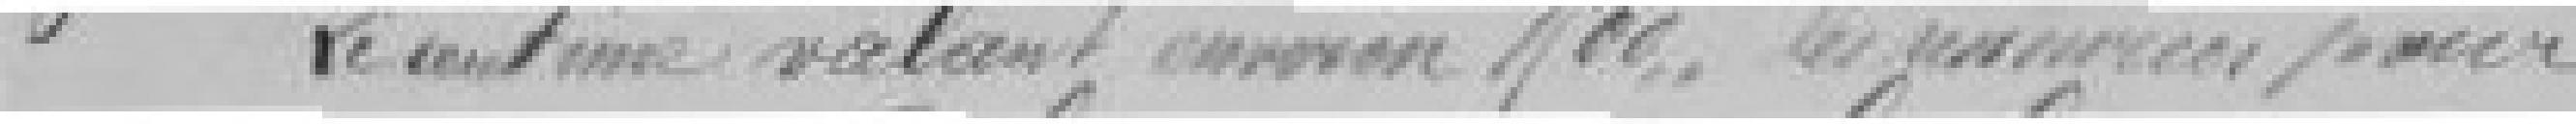
Le centime valant environ 1900, les ressources pour